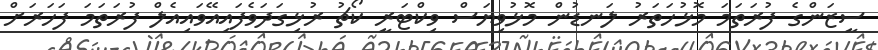
ސީޒަންގެ ފުރަތަމަ މޮޅުހަތަރު ލަނޑުން މޮޅުވިޔަސް ވިކްޓަރީ ކޯޗު ރުޅިގަދަވެފައިއޭވައިއެލް ފުރަތަމަ ފަހަރަށް